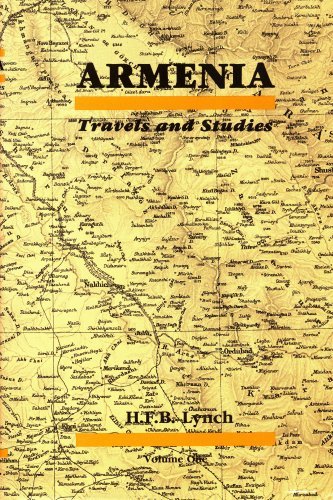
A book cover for Armenia: Travels and Studies; H. F. B. Lynch; Travel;